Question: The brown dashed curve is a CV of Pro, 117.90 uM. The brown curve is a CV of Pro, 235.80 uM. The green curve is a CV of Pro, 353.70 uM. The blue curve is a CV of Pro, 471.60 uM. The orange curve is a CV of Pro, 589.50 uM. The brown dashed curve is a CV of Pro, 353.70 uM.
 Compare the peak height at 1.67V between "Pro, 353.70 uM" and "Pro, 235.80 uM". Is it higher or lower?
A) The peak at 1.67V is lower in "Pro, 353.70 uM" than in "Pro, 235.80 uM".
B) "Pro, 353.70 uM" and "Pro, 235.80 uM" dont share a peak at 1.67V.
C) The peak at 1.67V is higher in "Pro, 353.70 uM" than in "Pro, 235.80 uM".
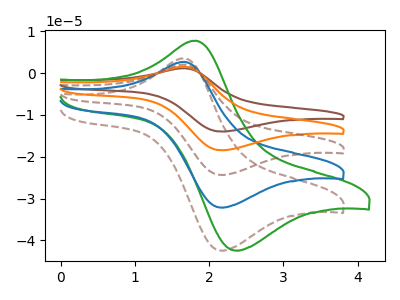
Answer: <think>The brown dashed curve "Pro, 117.90 uM" has an anodic peak at (1.65V, 3.55uA) and a cathodic peak at (2.15V, -42.45uA). The brown curve "Pro, 235.80 uM" has an anodic peak at (1.65V, 10.70uA) and a cathodic peak at (2.15V, -128.60uA). The green curve "Pro, 353.70 uM" has an anodic peak at (1.80V, 7.75uA) and a cathodic peak at (2.35V, -42.45uA). The blue curve "Pro, 471.60 uM" has an anodic peak at (1.65V, 2.70uA) and a cathodic peak at (2.15V, -32.15uA). The orange curve "Pro, 589.50 uM" has an anodic peak at (1.65V, 8.05uA) and a cathodic peak at (2.15V, -96.45uA). The brown dashed curve "Pro, 353.70 uM" has an anodic peak at (1.65V, 5.35uA) and a cathodic peak at (2.15V, -64.30uA).</think>
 <answer>A) The peak at 1.67V is lower in "Pro, 353.70 uM" than in "Pro, 235.80 uM".</answer>
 <eval>A</eval>